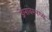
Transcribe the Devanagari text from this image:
डेलावेरमध्ये